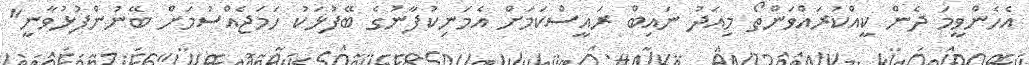
އެހެންވީމަ ދެން ކީއްކުރައްވަންތޯ މިއަދު ނައިބް ރައީސްކަމަށް އެމަނިކުފާނުގެ ބޭފުޅަކު ހަމަޖެއްސުމަށް ބޭނުންފުޅުވާނީ"